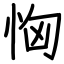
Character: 恟